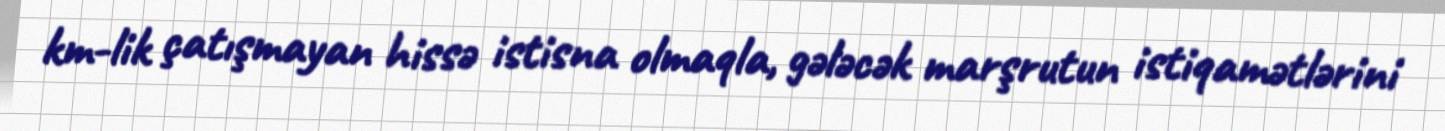
km-lik çatışmayan hissə istisna olmaqla, gələcək marşrutun istiqamətlərini